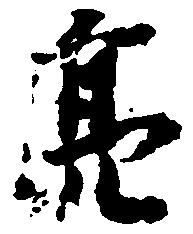
亮